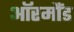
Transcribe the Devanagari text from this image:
ऑरमौंड